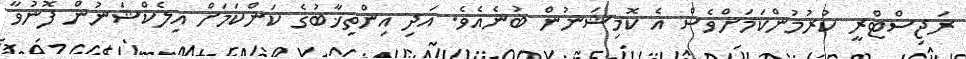
ރަޖިސްޓްރީ ކުރުމުންކަމަށްވެސް އެ ކޮމިޝަނުން ބުނެއެވެ. އަދި އިންތިޚާބުގެ ކަންކަމަށް އިލެކްޝަނުން ފޮނުވާ